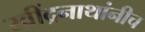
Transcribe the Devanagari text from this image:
रवींद्रनाथांनीच